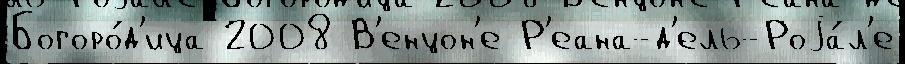
Богоро́д'ица 2008 В'енцон'е Р'еана-д'ель-Роjа́л'е